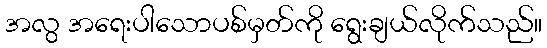
အလွ အရေးပါသောပစ်မှတ်ကို ရွေးချယ်လိုက်သည်။